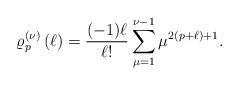
LaTeX: \begin{align*}\varrho_{p}^{\left( \nu \right) }\left( \ell \right) =\frac{(-1)\ell }{\ell !}\sum\limits_{\mu=1}^{\nu -1}\mu ^{2(p+\ell )+1}. \end{align*}